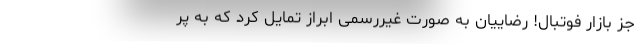
جز بازار فوتبال! رضاییان به صورت غیررسمی ابراز تمایل کرد که به پر